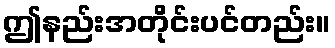
ဤနည်းအတိုင်းပင်တည်း။